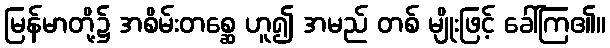
မြန်မာတို့၌ အစိမ်းတစ္ဆေ ဟူ၍ အမည် တစ် မျိုးဖြင့် ခေါ်ကြ၏။